Annual report of the Central Committee of the Association together with the report of the directors of the Pasteur Institute at Kasauli
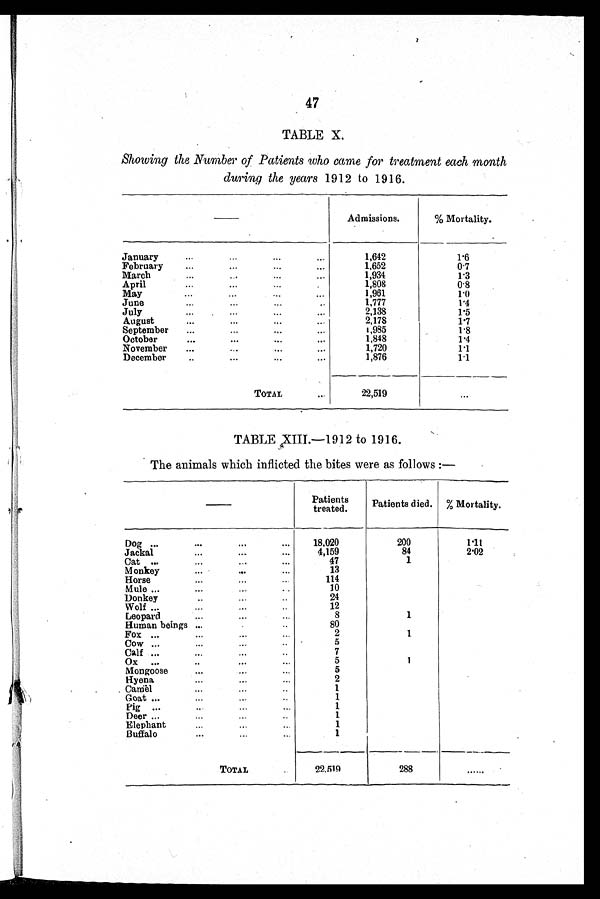
47
TABLE X.
Showing the Number of Patients who came for treatment each month
during the years 1912 to 1916.
Admissions.
% Mortality.
January
1,642
1.6
February
1,652
0.7
March
1,934
1.3
April
1,808
0.8
May
1,961
1.0
June
1,777
1.4
July
2,138
1.5
August
2,178
1.7
September
1,985
1.8
October
1,848
1.4
November
1,720
1.1
December
1,876
1.1
TOTAL
22,519
...
TABLE XIII.—1912 to 1916.
The animals which inflicted the bites were as follows:—
Patients
treated.
Patients died. % Mortality.
Dog
18,020
200
1.11
Jackal
4,159
84
2 . 0 2
Cat
47
1
Monkey
13
Horse
114
Mule
10
Donkey
24
Wolf
12
Leopard
8
1
Human beings
80
Fox
2
1
Cow
5
Calf
7
Ox
5
1
Mongoose
5
Hyena
2
Camel
1
Goat
1
Pig
1
Deer
1
Elephant
1
Buffalo
1
TOTAL
22,519
288
......